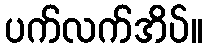
ပက်လက်အိပ်။